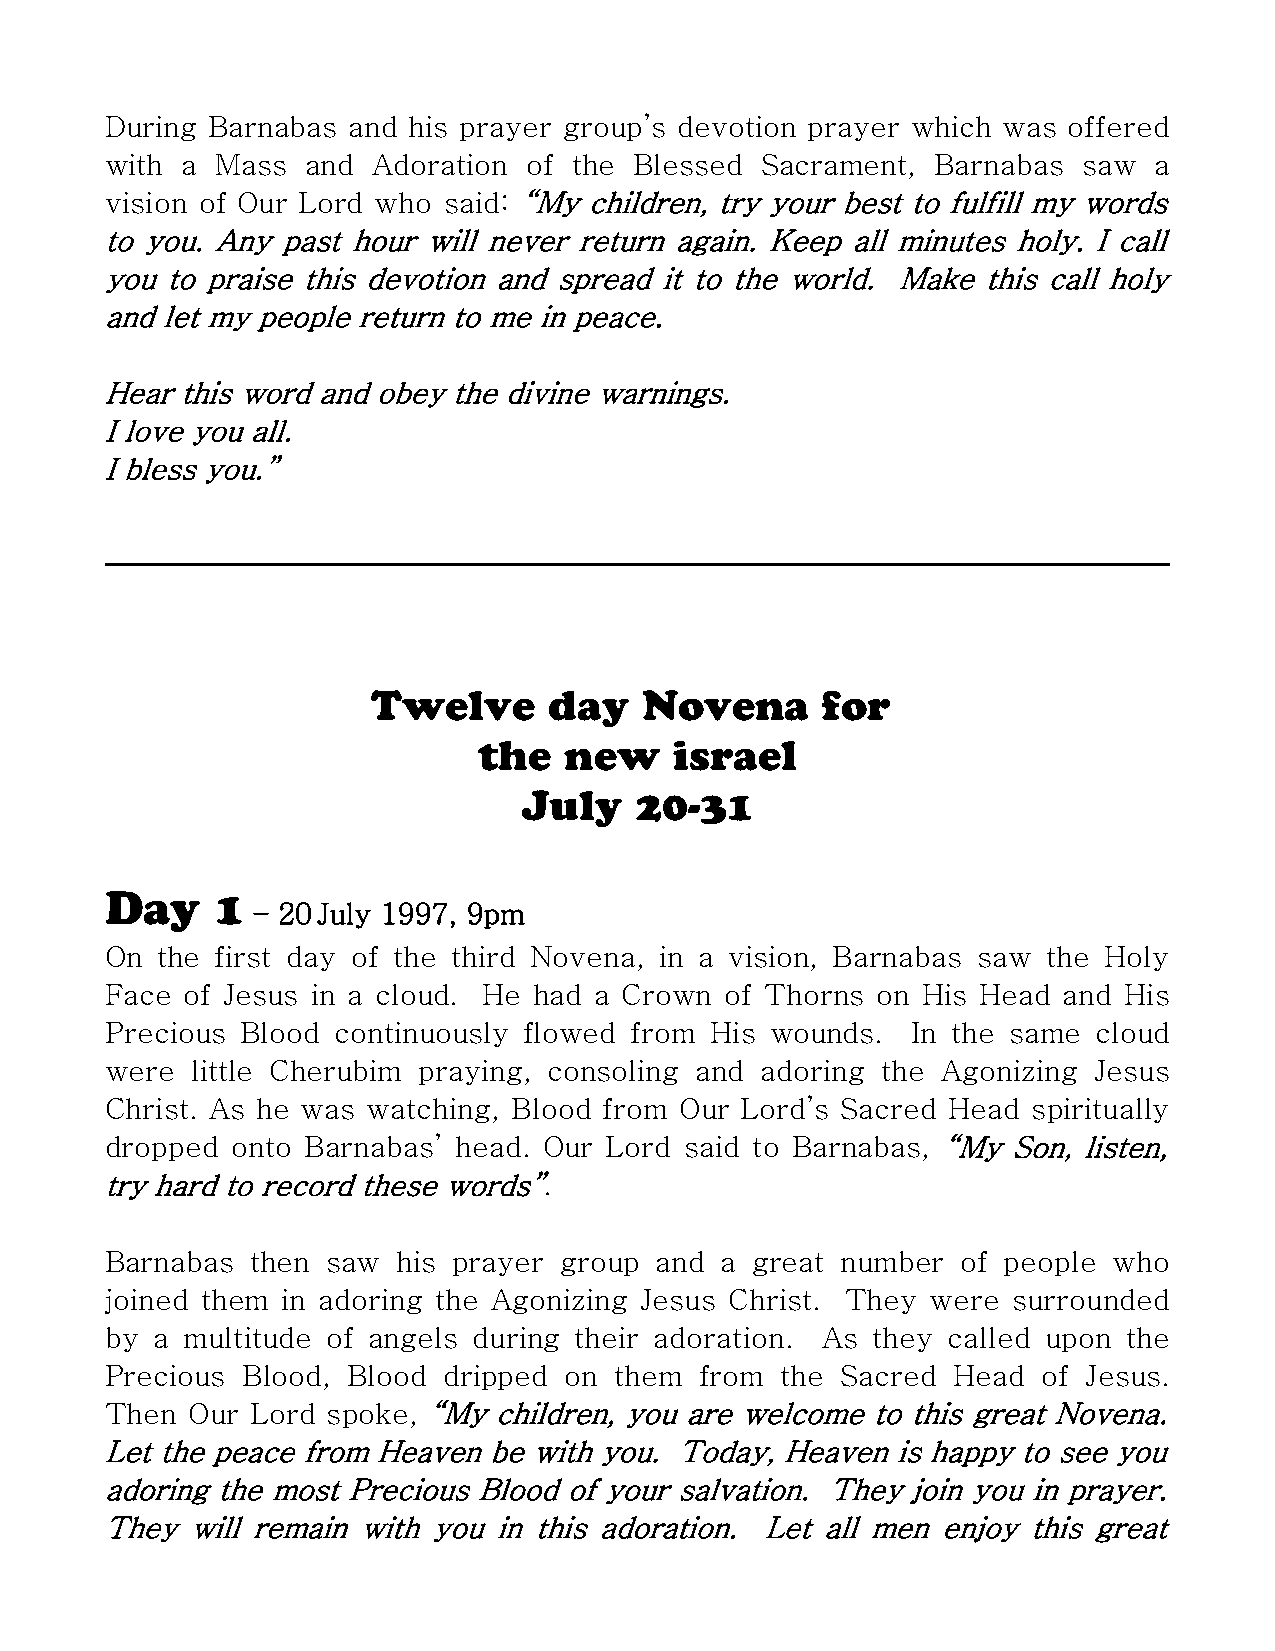
During Barnabas and his prayer group’s devotion prayer which was offered
 with a Mass  and  Adoration of the Blessed Sacrament,  Barnabas  saw a
 vision of Our Lord who said: “My children, try your best to fulfill my words
 to you. Any past hour will never return again. Keep all minutes holy. I call
 you to praise this devotion and spread it to the world. Make this call holy
 and let my people return to me in peace.
 Hear this word and obey the divine warnings.
 I love you all.
 I bless you.”
 Twelve     day   Novena      for
 the  new     israel
 July   20-31
 Day    1
 – 20 July 1997, 9pm
 On the first day of the third Novena, in a vision, Barnabas saw the Holy
 Face of Jesus in a cloud. He had a Crown of Thorns on His Head and His
 Precious Blood continuously flowed from His wounds.  In the same  cloud
 were  little Cherubim praying, consoling and adoring the Agonizing Jesus
 Christ. As he was watching, Blood from Our Lord’s Sacred Head spiritually
 dropped onto Barnabas’ head. Our Lord said to Barnabas, “My Son, listen,
 try hard to record these words”.
 Barnabas  then saw his prayer group and  a great number  of people who
 joined them in adoring the Agonizing Jesus Christ. They were surrounded
 by a multitude of angels during their adoration. As they called upon the
 Precious Blood, Blood dripped on  them from  the Sacred Head  of Jesus.
 Then Our  Lord spoke, “My children, you are welcome to this great Novena.
 Let the peace from Heaven be with you. Today, Heaven is happy to see you
 adoring the most Precious Blood of your salvation. They join you in prayer.
 They  will remain with you in this adoration. Let all men enjoy this great